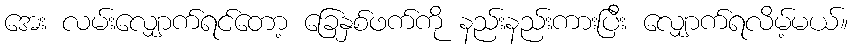
အေး လမ်းလျှောက်ရင်တော့ ခြေနှစ်ဖက်ကို နည်းနည်းကားပြီး လျှောက်ရလိမ့်မယ်။